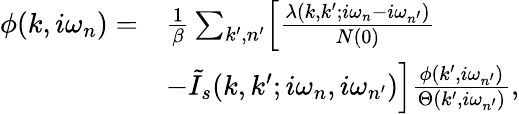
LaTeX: \begin{array}{rl}{\phi(k,i\omega_{n})=}&{\frac{1}{\beta}\sum_{k^{\prime},n^{\prime}}\Bigl[\frac{\lambda(k,k^{\prime};i\omega_{n}-i\omega_{n^{\prime}})}{N(0)}}\\ &{-\tilde{I}_{s}(k,k^{\prime};i\omega_{n},i\omega_{n^{\prime}})\Bigr]\frac{\phi(k^{\prime},i\omega_{n^{\prime}})}{\Theta(k^{\prime},i\omega_{n^{\prime}})},}\end{array}